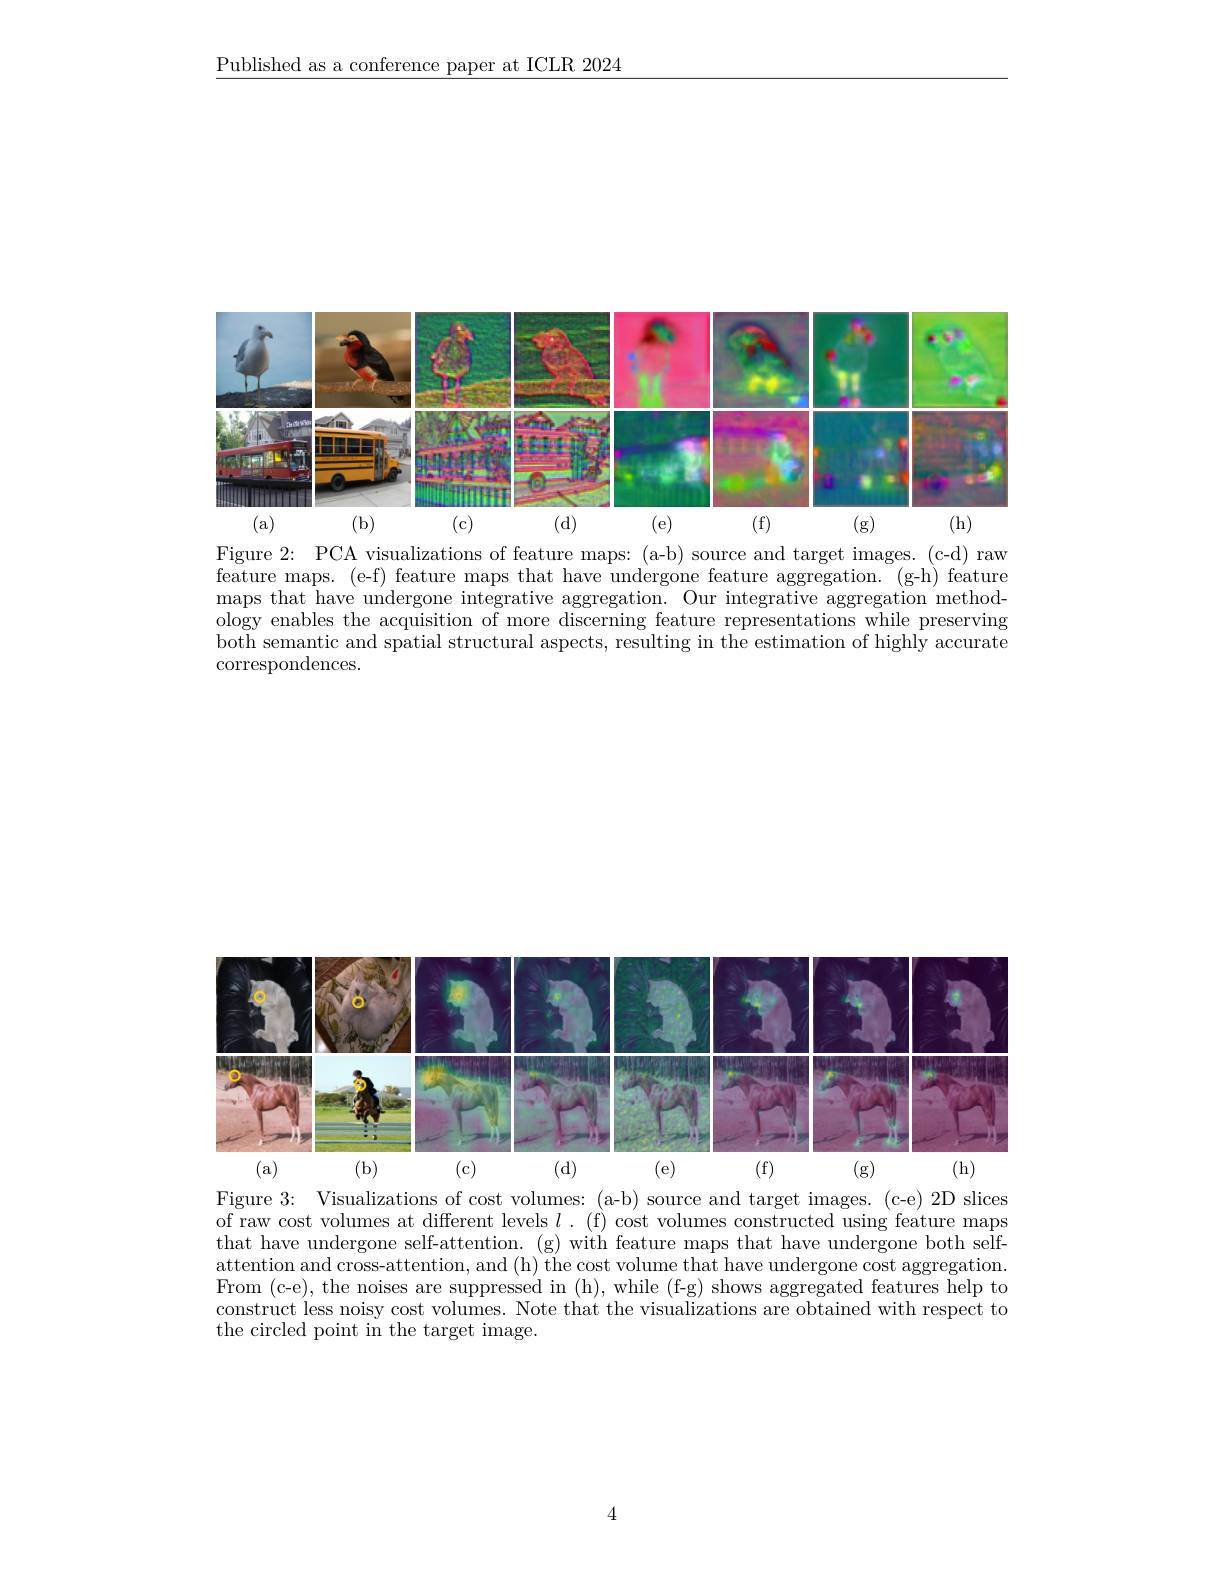
$\underline{\text{Published as a conference paper at ICLR 2024}}$

<FigureHere>

Figure 2: PCA visualizations of feature maps: (a-b) source and target images. (c-d) raw feature maps. (e-f) feature maps that have undergone feature aggregation. (g-h) feature maps that have undergone integrative aggregation. Our integrative aggregation method- $\bar{\text{ology enables the acquisition of more discerning feature representations while preserving}}$ both semantic and spatial structural aspects, resulting in the estimation of highly accurate correspondences.

<FigureHere>

Figure 3: Visualizations of cost volumes: (a-b) source and target images. (c-e) 2D slices of raw cost volumes at different levels $l.$ ( f) cost volumes constructed using feature maps that have undergone self-attention. (g) with feature maps that have undergone both self- $\bar{\text{attention and cross-attention, and (h) the cost volume that have undergone cost aggregation.}}$ From (c-e), the noises are suppressed in (h), while (f-g) shows aggregated features help to construct less noisy cost volumes. Note that the visualizations are obtained with respect to the circled point in the target image.

4